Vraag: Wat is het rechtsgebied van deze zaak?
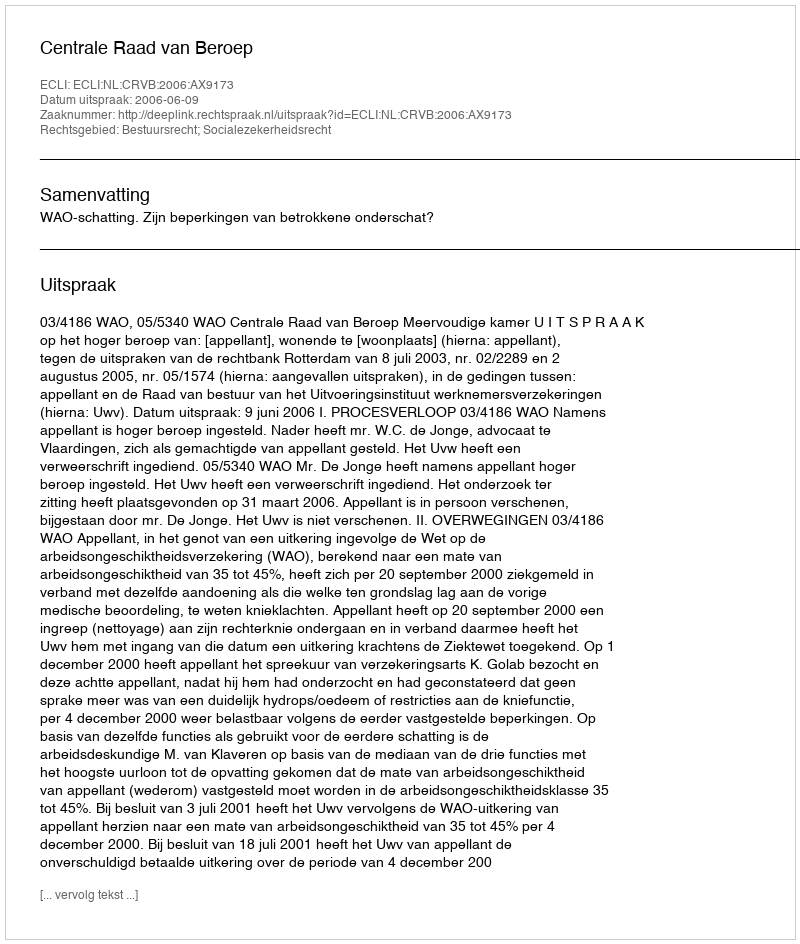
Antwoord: Bestuursrecht; Socialezekerheidsrecht